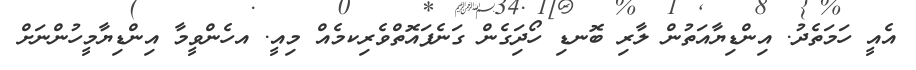
އެއީ ހަމަތެދު. އިންޑިޔާއަތުން ލާރި ބޮނޑި ހޯދަިގެން ގަނެފައޮތްވެރިކމެއް މިއީ. އހެންވީމާ އިންޑިޔާމީހުންނަށް